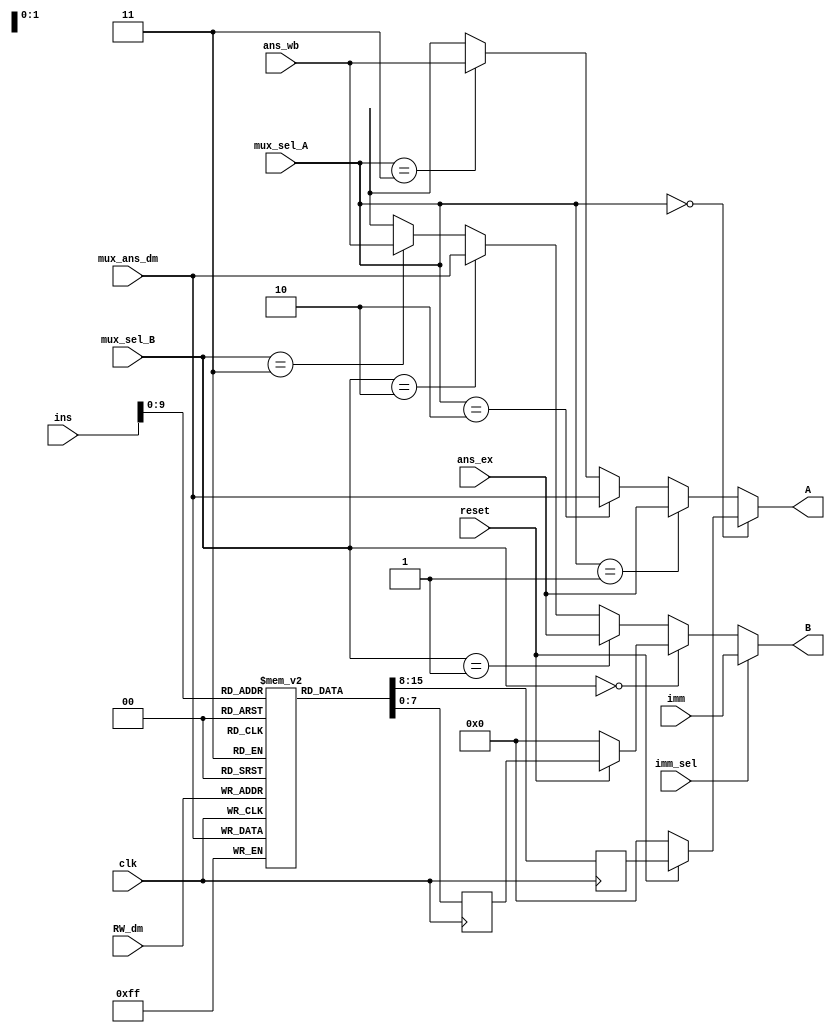
`timescale 1ns / 1ps

//Group number : 16
//Group name : The Intellites
//Module name : register bank logic

//////////////////////////////////////////////////////////////////////////////////
// Company: 
// Engineer: 
// 
// Design Name: 
// Module Name:    Reg_Bank 
// Project Name: 
// Target Devices: 
// Tool versions: 
// Description: 
//
// Dependencies: 
//
// Revision: 
// Revision 0.01 - File Created
// Additional Comments: 
//
//////////////////////////////////////////////////////////////////////////////////
module Reg_Bank(A,B,ins,RW_dm,ans_ex,mux_ans_dm,ans_wb,imm,mux_sel_A,mux_sel_B,imm_sel,clk,reset);

//Output Declaration
output [7:0] A,B;

//Input Declaration
input [19:0] ins;
input [4:0] RW_dm;
input [7:0] ans_ex, mux_ans_dm, ans_wb, imm;
input [1:0] mux_sel_A, mux_sel_B;
input imm_sel, clk, reset;

//Temporary Variable Declaration
wire [7:0] reg_A, reg_B;
wire [7:0] temp_B; 
reg  [7:0] temp_ra, temp_rb;
//-----------------------------------
reg  [7:0] memory [31:0];

initial
begin
	memory[0]  = 8'h00;
	memory[1]  = 8'h01; 
	memory[2]  = 8'h02;
	memory[3]  = 8'h03;
	memory[4]  = 8'h04;
	memory[5]  = 8'h00;
	memory[6]  = 8'h06;
	memory[7]  = 8'h07;
	memory[8]  = 8'h08;
	memory[9]  = 8'h09;
	memory[10] = 8'h0a;
	memory[11] = 8'h0b;
	memory[12] = 8'h0c;
	memory[13] = 8'h0d;
	memory[14] = 8'h0e;
	memory[15] = 8'h0f;
	memory[16] = 8'h10;
	memory[17] = 8'h11;
	memory[18] = 8'h12;
	memory[19] = 8'h13;
	memory[20] = 8'h14;
	memory[21] = 8'h15;
	memory[22] = 8'h16;
	memory[23] = 8'h17;
	memory[24] = 8'h18;
	memory[25] = 8'h19;
	memory[26] = 8'h1a;
	memory[27] = 8'h1b;
	memory[28] = 8'h1c;
	memory[29] = 8'h1d;
	memory[30] = 8'h1e;
	memory[31] = 8'h1f;
end

//Assigning 5bit address of Register A and B
assign reg_A = (reset==1'b0) ? 0 : temp_ra;
assign reg_B = (reset==1'b0) ? 0 : temp_rb;

//Register Block
always@(posedge clk)
begin 
	temp_ra <= memory[ins[9:5]];
	temp_rb <= memory[ins[4:0]];
	memory[RW_dm] <= mux_ans_dm;
end

//4to1 mux for A and temp_B
assign A = 	(mux_sel_A == 2'b00) ? reg_A :
				(mux_sel_A == 2'b01) ? ans_ex :
				(mux_sel_A == 2'b10) ? mux_ans_dm :
				(mux_sel_A == 2'b11) ? ans_wb :
				8'bx;
				
assign temp_B = (mux_sel_B == 2'b00) ? reg_B :
					(mux_sel_B == 2'b01) ? ans_ex :
					(mux_sel_B == 2'b10) ? mux_ans_dm :
					(mux_sel_B == 2'b11) ? ans_wb :
					8'bx;

//2to1 mux for B
assign B = (imm_sel == 0) ? temp_B : imm;

endmodule